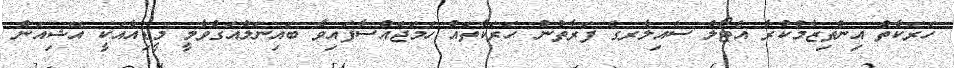
ހަރަކާތް އިންތިޒާމުކުރާ އެޓޯލް ސެއިލާރގެ ފަރާތުން ހަރަކާތައް ހަމަޖައްސާފައިވާ ބައިނަލްއަގްވާމީ މީޑިއާއަކީ އޭޝިއަން